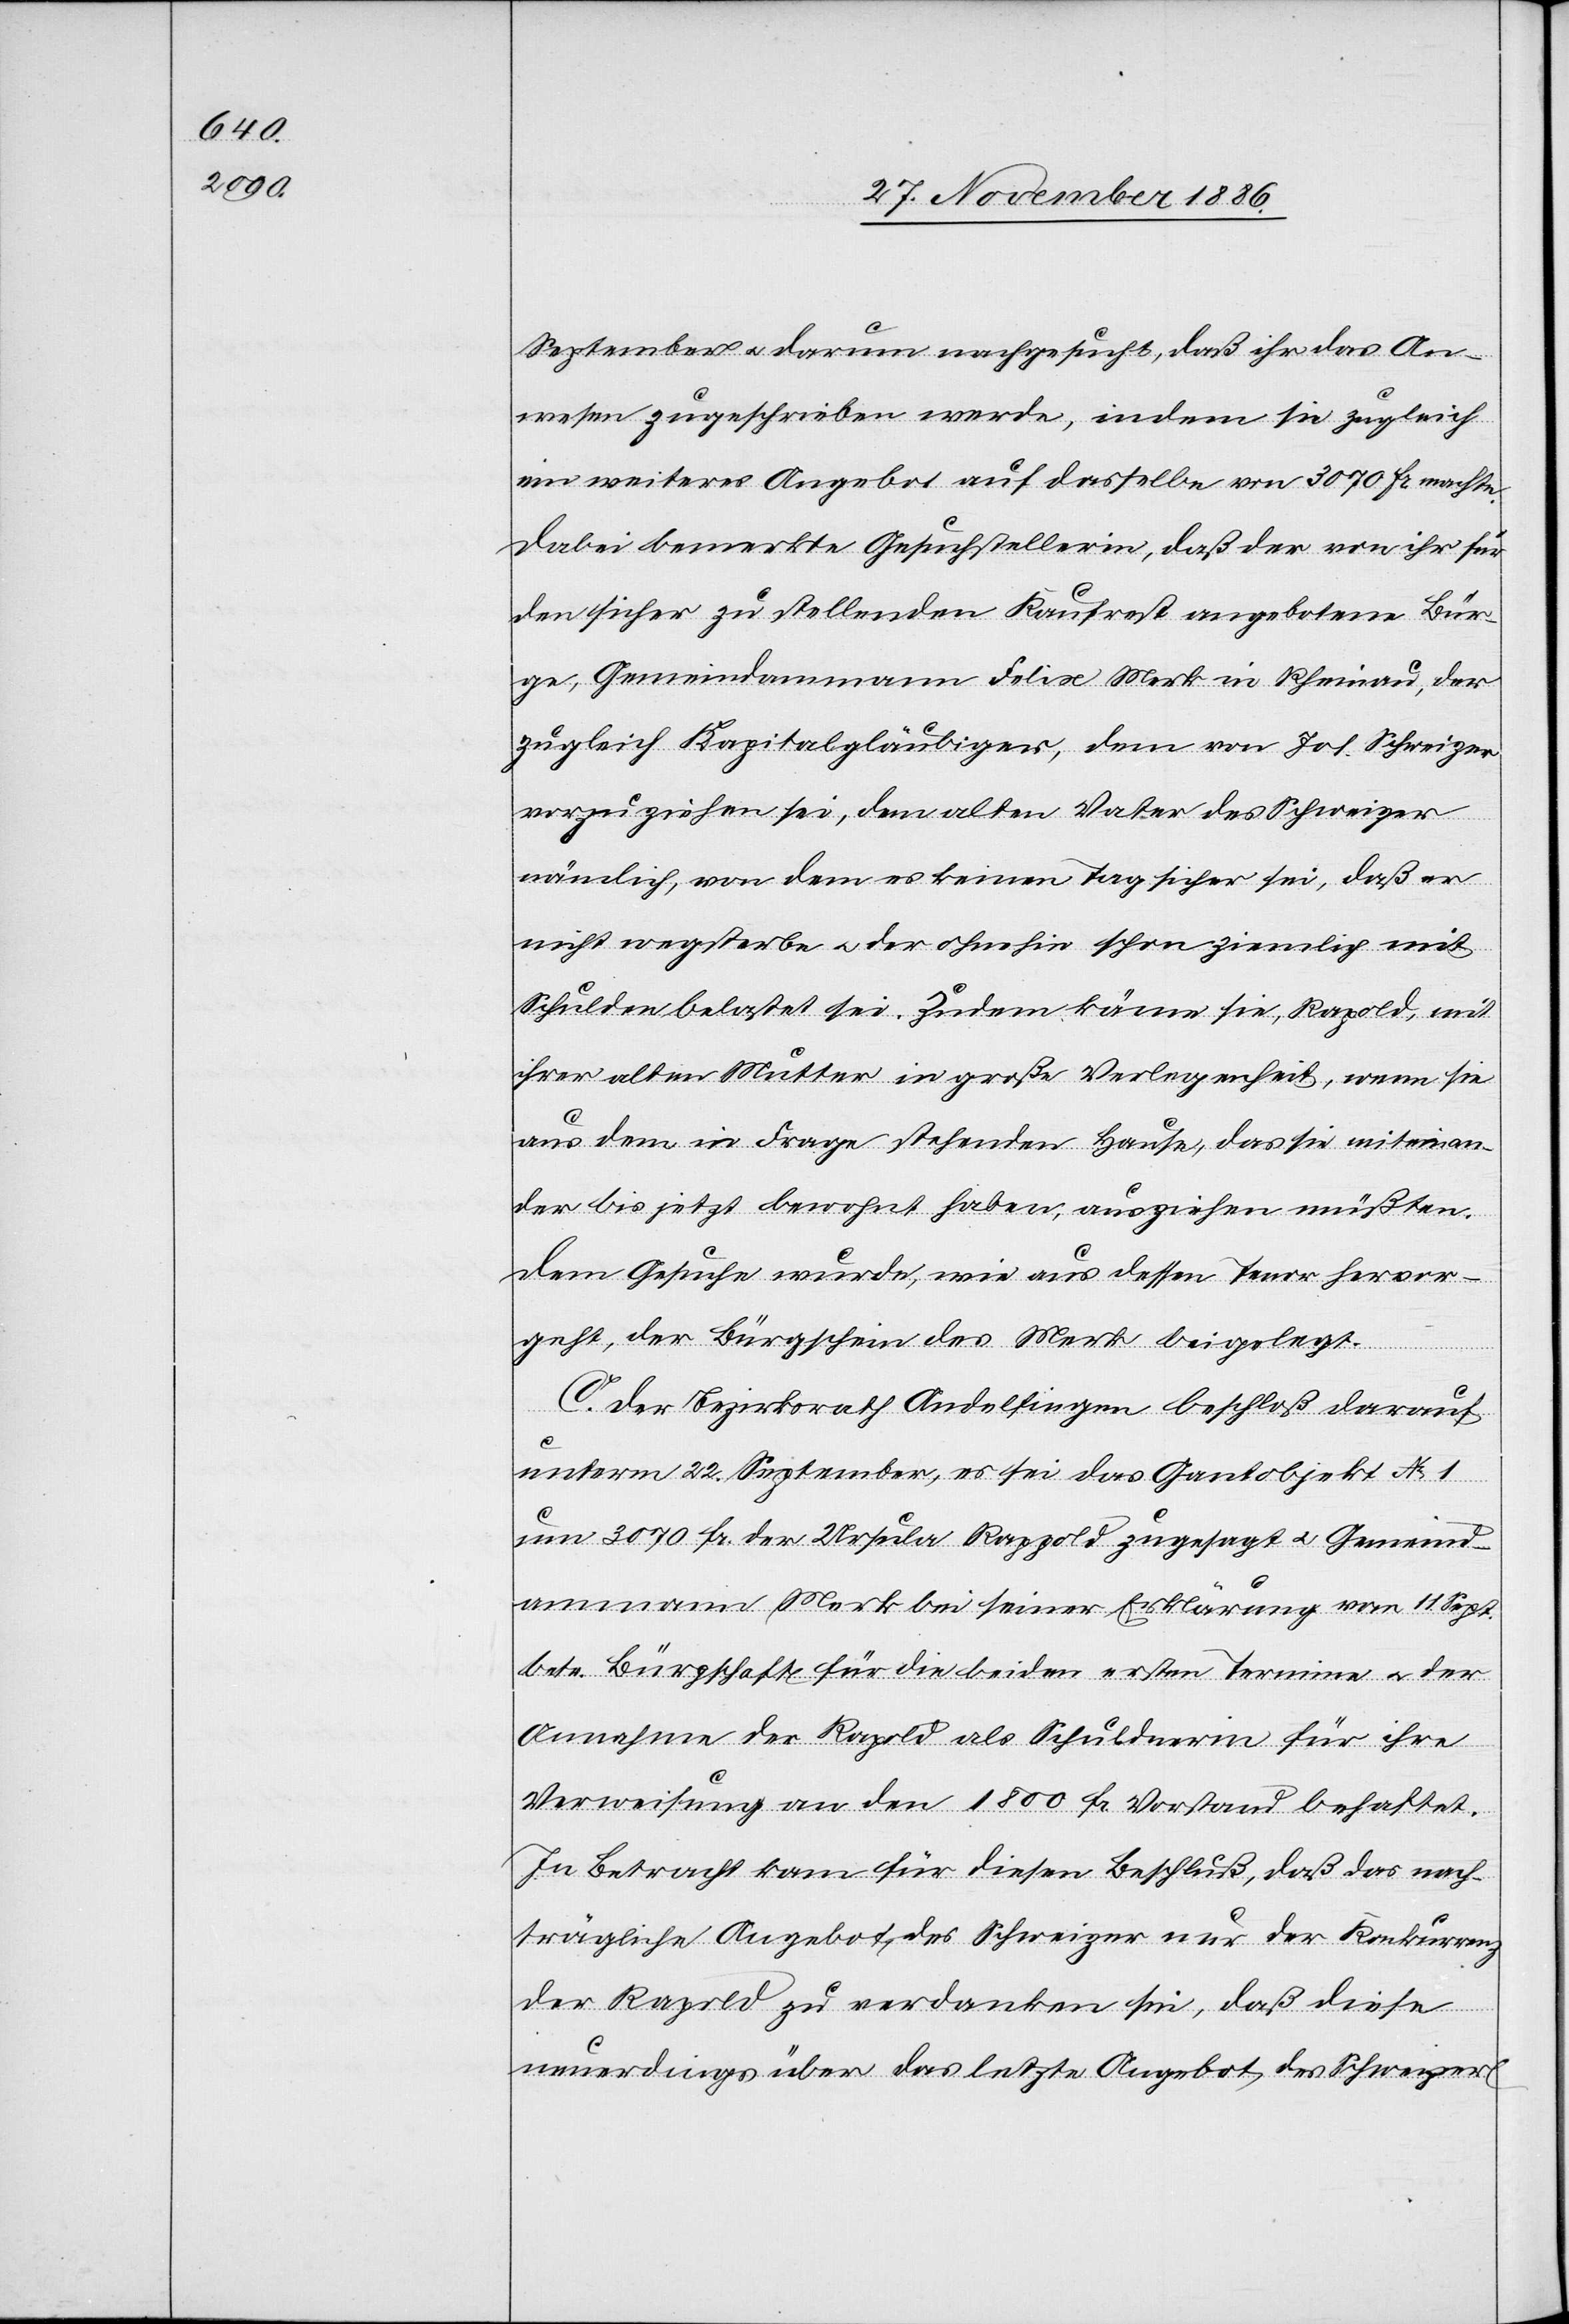
September & darum nachgesucht, daß ihr das An¬
wesen zugeschrieben werde, indem sie zugleich
ein weiteres Angebot auf dasselbe von 3070 Fr. machte.
Dabei bemerkte Gesuchstellerin, daß der von ihr für
den sicher zu stellenden Kaufrest angebotene Bür¬
ge, Gemeindammann Felix Merk in Rheinau, der
zugleich Kapitalgläubiger, dem von Jos. Schweizer
vorzuziehen sei, dem alten Vater des Schweizer
nämlich, von dem es keinen Tag sicher sei, daß er
nicht wegsterbe & der ohnehin schon ziemlich mit
Schulden belastet sei. Zudem käme sie, Rapold, mit
ihrer alten Mutter in große Verlegenheit, wenn sie
aus dem in Frage stehenden Hause, das sie miteinan¬
der bis jetzt bewohnt haben, ausziehen müßten.
Dem Gesuche wurde, wie aus dessen Tenor hervor¬
geht, der Bürgschein des Merk beigelegt.
C. Der Bezirksrath Andelfingen beschloß darauf
unterm 22. September, es sei das Gantobjekt No 1
um 3070 Fr. der Ursula Rappold zugesagt & Gemeind¬
ammann Merk bei seiner Erklärung vom 11. Sept.
betr. Bürgschaft für die beiden ersten Termine & der
Annahme der Rapold als Schuldnerin für ihre
Verweisung an den 1800 Fr. Vorstand behaftet.
In Betracht kam für diesen Beschluß, daß das nach¬
trägliche Angebot des Schweizer nur der Konkurrenz
der Rapold zu verdanken sie, daß diese
neuerdings über das letzte Angebot des Schweizer